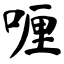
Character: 喱